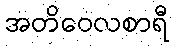
အတိဝေလစာရီ